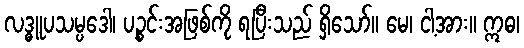
လဒ္ဓူပသမ္ပဒေါ၊ ပဉ္စင်းအဖြစ်ကို ရပြီးသည် ရှိသော်။ မေ၊ ငါ့အား။ ဣဓ၊